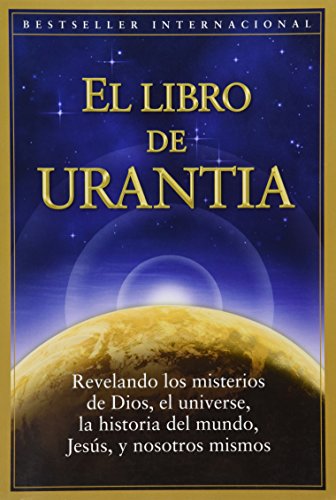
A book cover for El libro de Urantia; Religion & Spirituality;